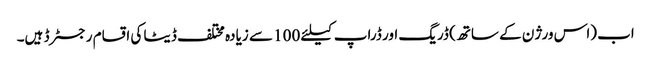
اب (اس ورژن کے ساتھ) ڈریگ اور ڈراپ کیلئے 100 سے زیادہ مختلف ڈیٹا کی اقسام رجسٹرڈ ہیں۔